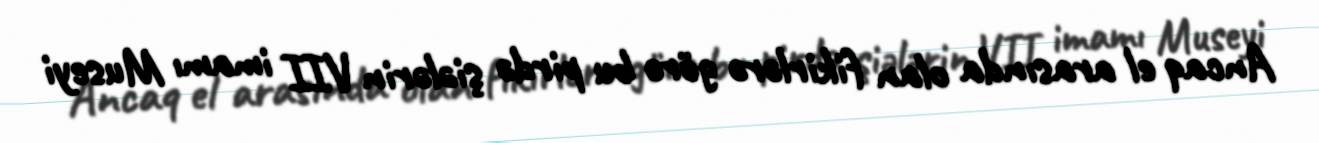
Ancaq el arasında olan fikirlərə görə bu pirdə şiələrin VII imamı Museyi